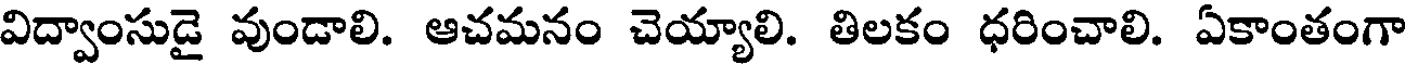
విద్వాంసుడై వుండాలి. ఆచమనం చెయ్యాలి. తిలకం ధరించాలి. ఏకాంతంగా